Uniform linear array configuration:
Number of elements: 4
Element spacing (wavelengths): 0.25
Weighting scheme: blackman
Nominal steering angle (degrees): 0
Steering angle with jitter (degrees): -0.6375
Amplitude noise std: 0.05
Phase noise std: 0.05

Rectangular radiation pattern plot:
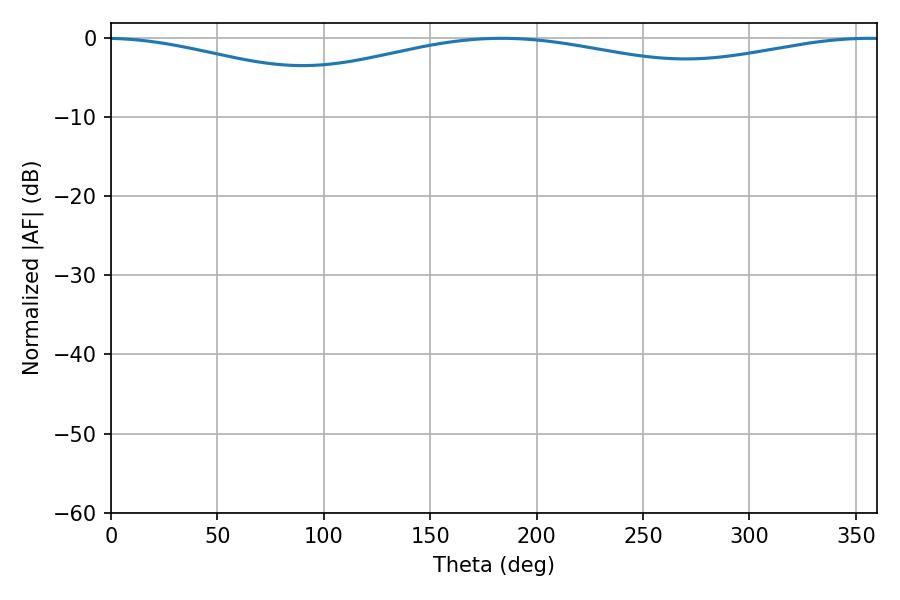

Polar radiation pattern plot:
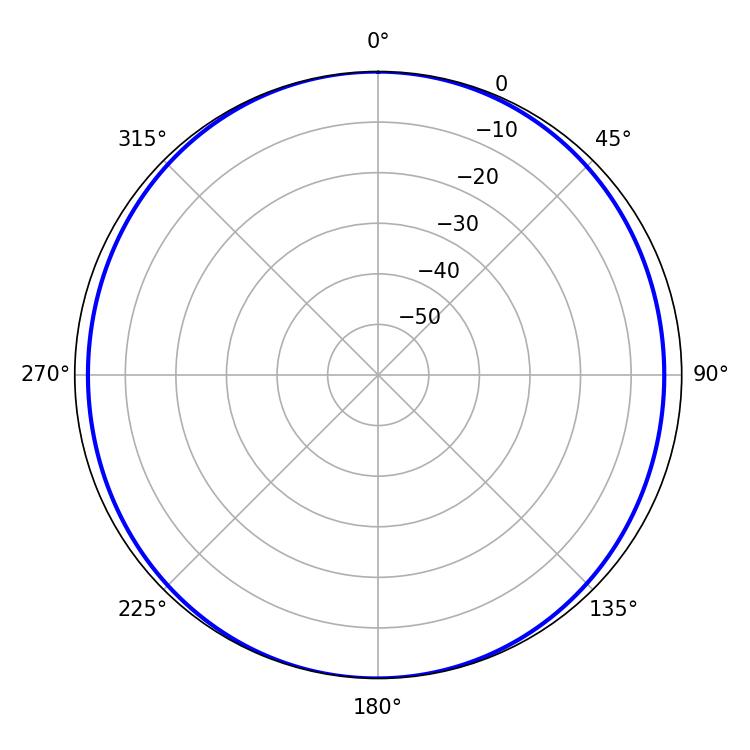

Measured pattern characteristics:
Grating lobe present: FALSE
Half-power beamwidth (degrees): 249.66
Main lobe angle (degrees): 183.6